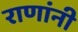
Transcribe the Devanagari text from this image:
राणांनी